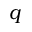
q